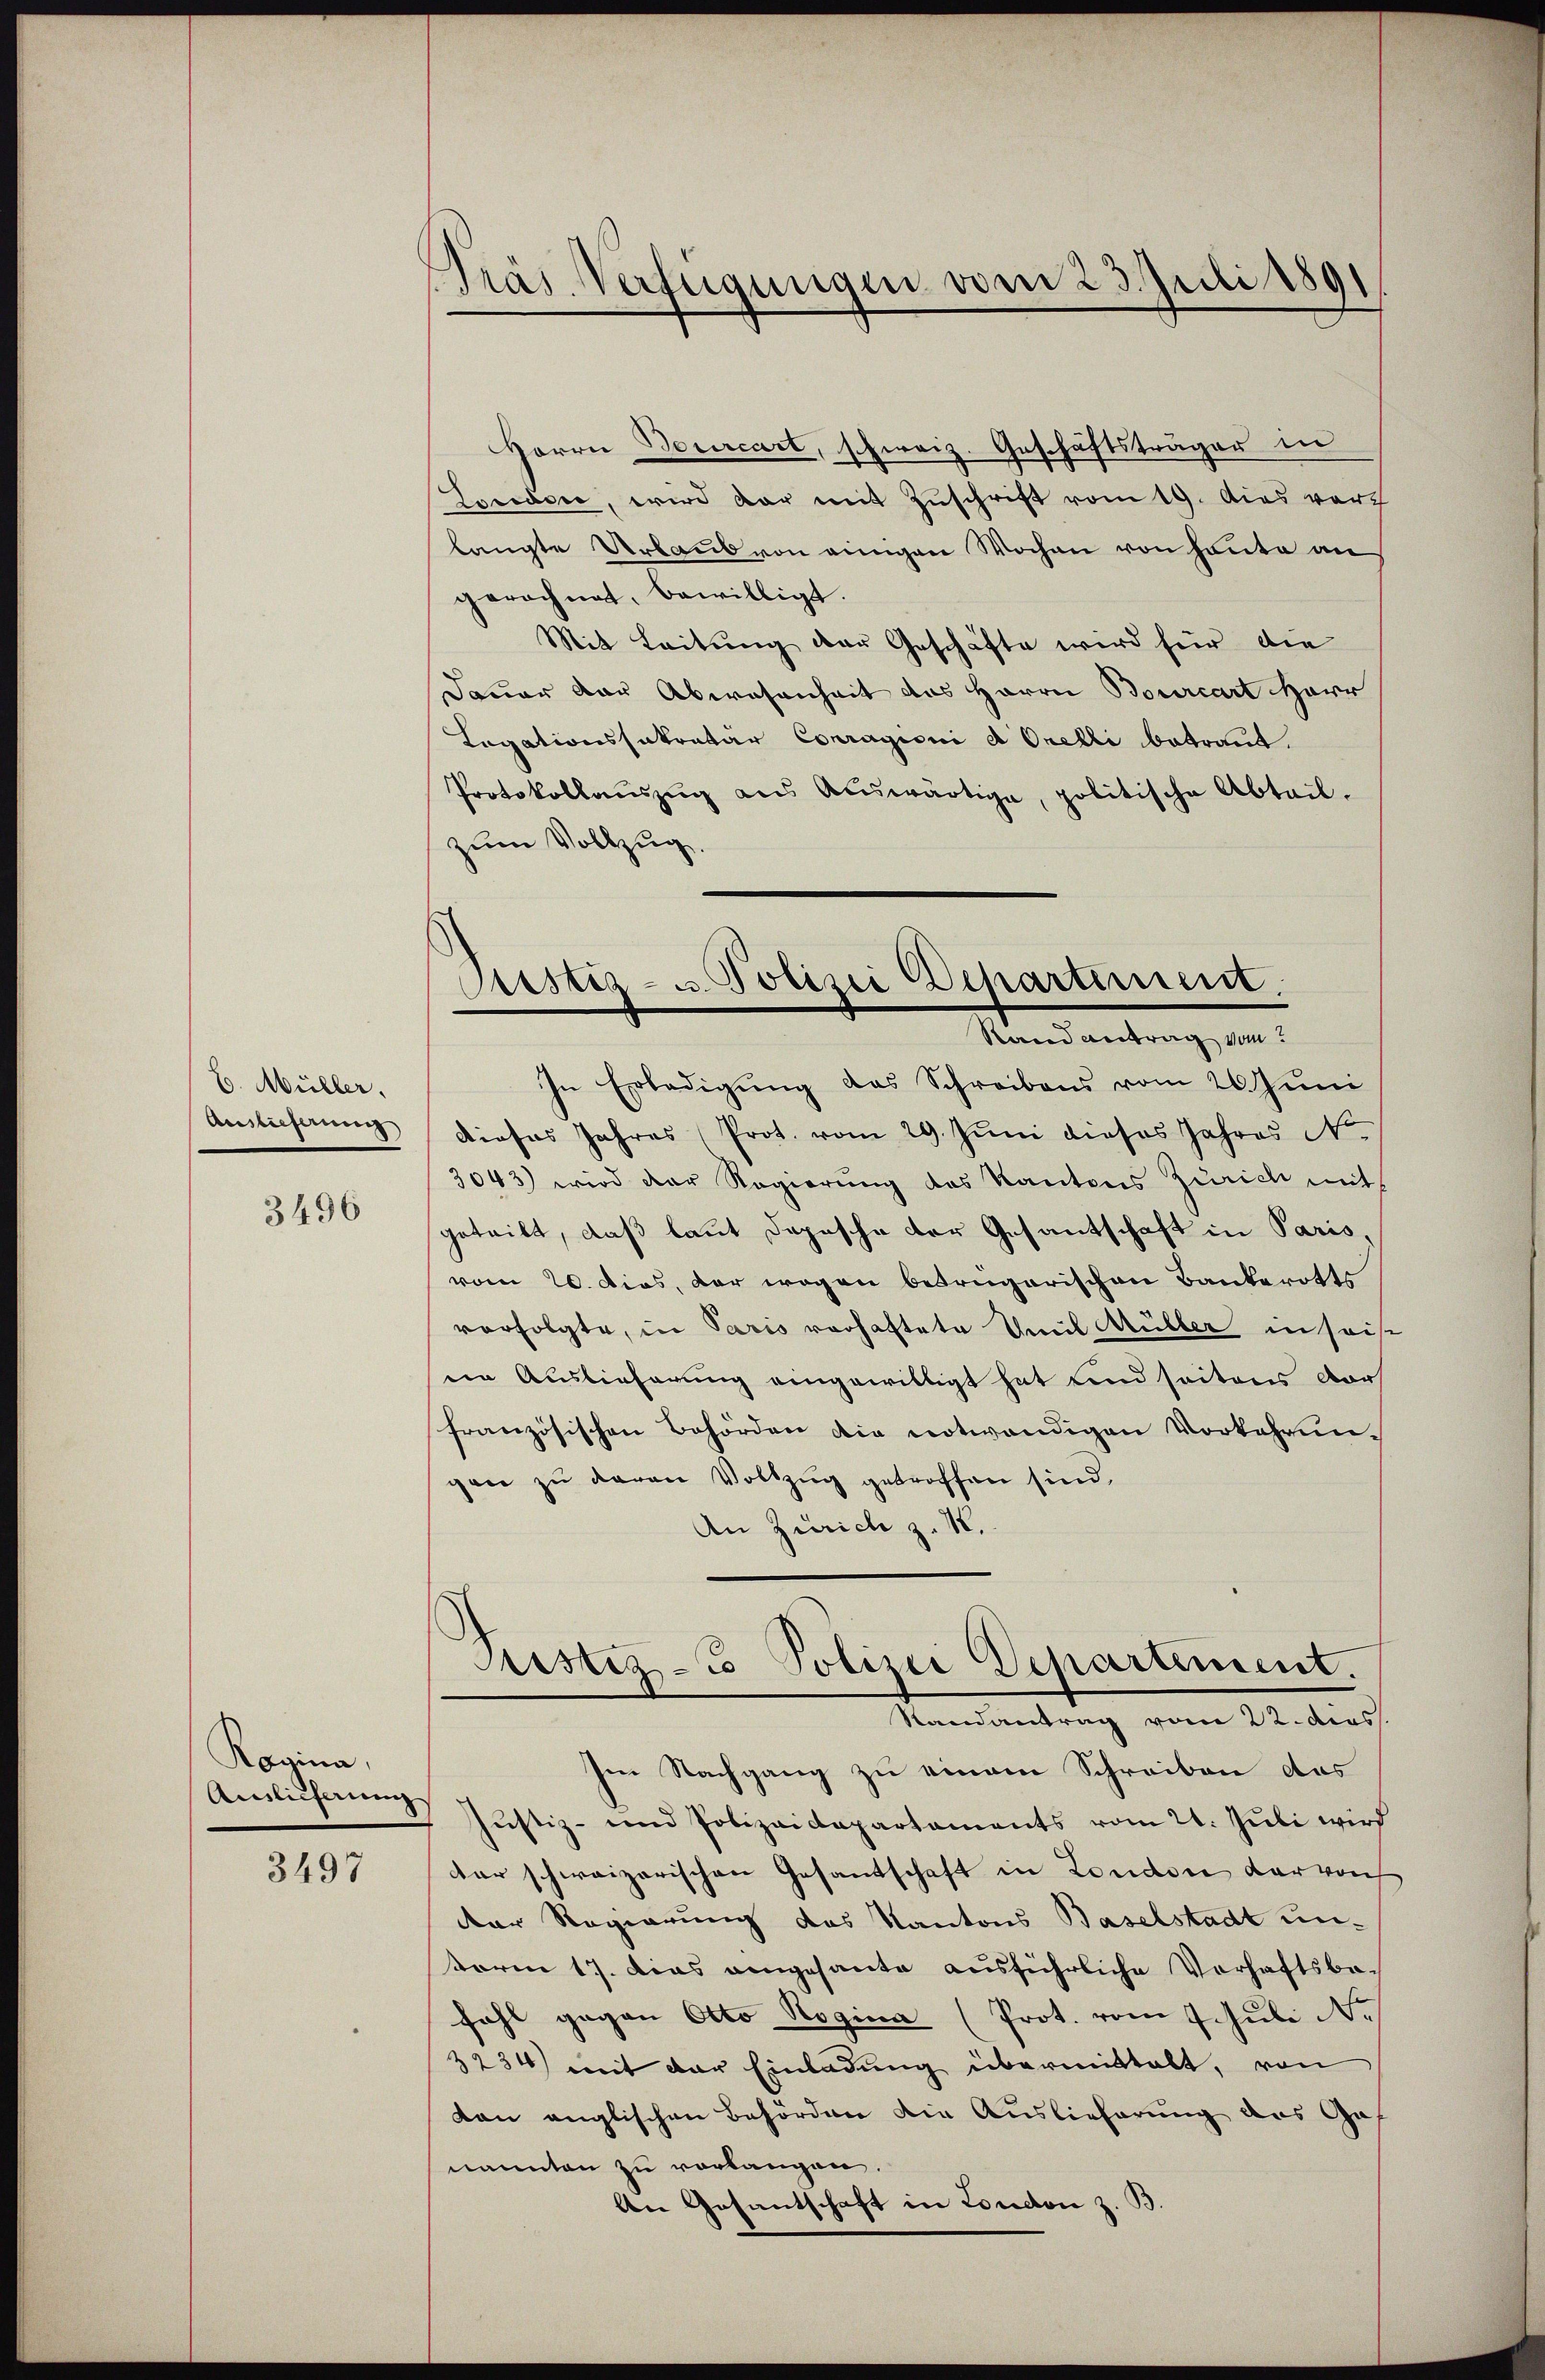
6. Müller.
Auslieferung
3496

Ragina,
Auslieferung

3497

Präs. Verfügungen vom 23. Juli 1891

Justiz- u Polizei Departement.
Rand antrag von

Herrn Bourcart, schweiz. Geschäftsträger in
Irridore, wird dar mit Zuschrift vom 19. dies vor
langte Urlaub von einigen Wochen von heute an
gerechnet, bewilligt.
Mit Leitung der Geschäfte wird für die
dawar dar Abwesenheit das Herrn Bourcart Harr
Legationssakratar Conragioni d. Orelli betraut.
Protokollaŭszŭg ans Auswärtige, politische Abteil.
zum Vollzug.
In Erledigung das Schreibens vom 26. Juni
Dieses Jahres Prot. vom 29. Jŭni dieses Jahres No.
3043) wird der Regierung des Kantons Zürich mit
geteilt, daß laut Depesche der Gesantschaft in Paris,
vom 20. Dies, der wegen betrügerischen Bauberotts
verfolgte, in Paris vorhaftete Emil Müller in seis
sein Auslieferung eingewilligt hat und seitens Dorf
französischen Behörden die notwendigen Vorkehrun-
gan zu daran Vollzug getroffen sind,
An Zürich z. 18.
Justiz - Polizei Departement.
Randantrag vom 22. dies
Im Nachgang zu einem Schreiben das
2 Justiz- und Polizeidepartaments vom 21. Juli wird
dar schweizerischen Gesantschaft in London darvon
der Regierung des Kantons Baselstadt un-
erm 17. Dies angesante ausführliche Verhaftsbe-
fahl gegen Otto Rogina (Prot. vom 7. Juli d.
2234) mit der Einladung übermittelt, von
kon anglischen Behörden die Auslieferung das Gef
nannten zu vorlangen.
Der Gesantschaft in London z. B.